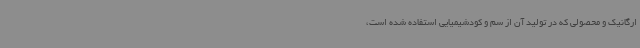
ارگانیک و محصولی که در تولید آن از سم و کودشیمیایی استفاده شده است،